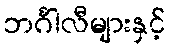
ဘင်္ဂါလီများနှင့်